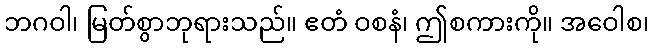
ဘဂဝါ၊ မြတ်စွာဘုရားသည်။ ဧတံ ဝစနံ၊ ဤစကားကို။ အဝေါစ၊